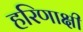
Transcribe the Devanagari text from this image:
हरिणाक्षी